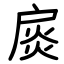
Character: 扊